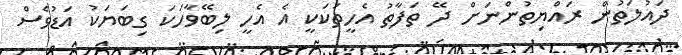
ދައުލަތުން ރައްޔިތުންނަށް ދޭ ތަފާތު އެހީތަކަކީ އެ އެހީ ލިބޭވާހަކަ ގިބަޔަކު އަޑުވެސް